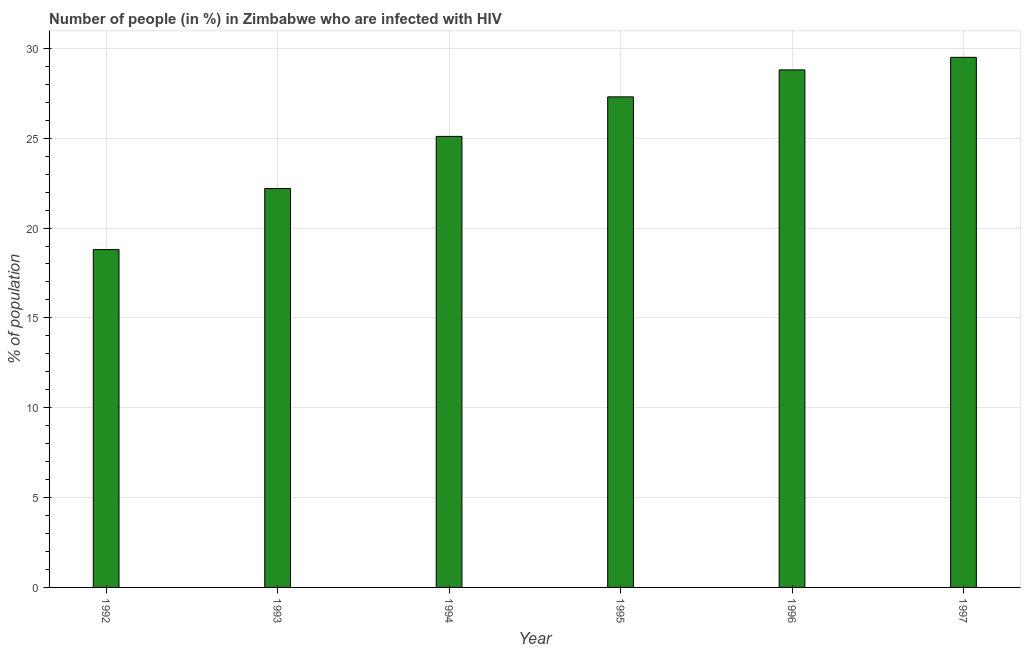
| Year | Infected with HIV |
 | --- | --- |
 | 1992 | 18.8 |
 | 1993 | 22.2 |
 | 1994 | 25.1 |
 | 1995 | 27.3 |
 | 1996 | 28.8 |
 | 1997 | 29.5 |